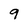
Character: 9